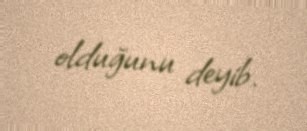
olduğunu deyib.